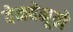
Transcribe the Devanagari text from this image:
वेनवेनूतो